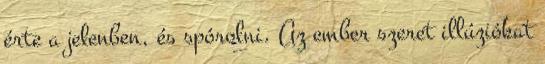
érte a jelenben, és spórolni. Az ember szeret illúziókat